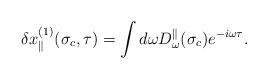
\begin{align*}\delta x^{(1)}_\parallel(\sigma_c,\tau)=\int d\omega D^\parallel_\omega(\sigma_c)e^{-i\omega\tau}.\end{align*}